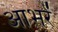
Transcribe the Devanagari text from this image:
आभरें